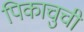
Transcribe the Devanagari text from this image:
पिकाचुची